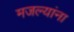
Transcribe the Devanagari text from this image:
मजल्यांना